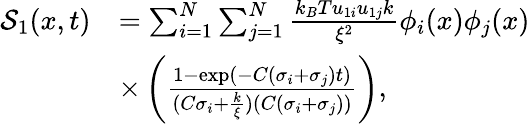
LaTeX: \begin{array}{rl}{\mathcal{S}_{1}(x,t)}&{=\sum_{i=1}^{N}\sum_{j=1}^{N}\frac{k_{B}Tu_{1i}u_{1j}k}{\xi^{2}}\phi_{i}(x)\phi_{j}(x)}\\ &{\times\left(\frac{1-\exp(-C(\sigma_{i}+\sigma_{j})t)}{(C\sigma_{i}+\frac{k}{\xi})(C(\sigma_{i}+\sigma_{j}))}\right),}\end{array}